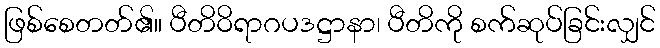
ဖြစ်စေတတ်၏။ ပီတိဝိရာဂပဒဋ္ဌာနာ၊ ပီတိကို စက်ဆုပ်ခြင်းလျှင်